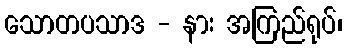
သောတပသာဒ - နား အကြည်ရုပ်၊